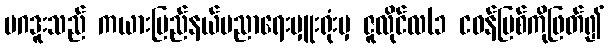
မဂဒူးသည် ကယားပြည်နယ်ပညာရေးမှူးရုံးမှ ဇူလိုင်လ(၁ ငဝန်မြစ်ကိုဖြတ်၍